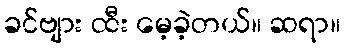
ခင်ဗျား ထီး မေ့ခဲ့တယ်။ ဆရာ။